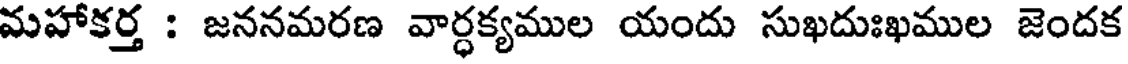
మహాకర్త : జననమరణ వార్ధక్యముల యందు సుఖదుఃఖముల జెందక